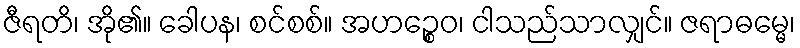
ဇီရတိ၊ အို၏။ ခေါပန၊ စင်စစ်။ အဟဉ္စေဝ၊ ငါသည်သာလျှင်။ ဇရာဓမ္မေ၊